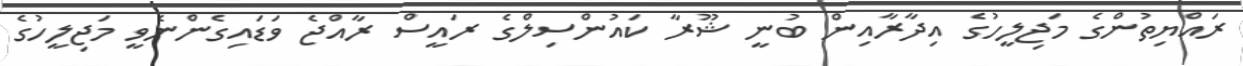
ރައްޔިތުންގެ މަޖިލީހުގެ އިދާރާއިން ބުނީ ޝޫރާ ކައުންސިލްގެ ރައީސް ރާއްޖެ ވަޑައިގެންނެވީ މަޖިލީހުގެ